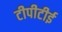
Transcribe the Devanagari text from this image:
टीपीटीई